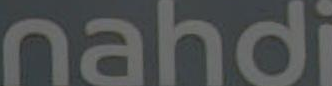
nahdi